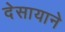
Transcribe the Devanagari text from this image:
देसायाने